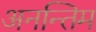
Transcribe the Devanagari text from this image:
अनन्तिम